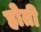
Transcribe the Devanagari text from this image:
होती